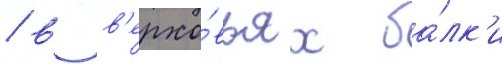
/ в в'ерхо́вьях ба́лк'и